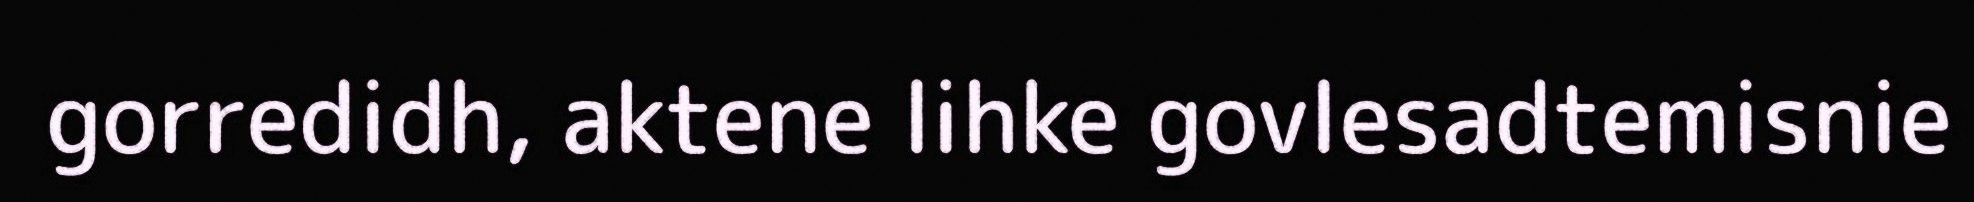
gorredidh, aktene lihke govlesadtemisnie